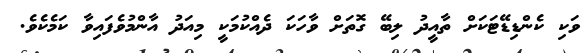
ވަކި ކެންޑިޑޭޓަކަށް ތާއީދު ލިބޭ ގޮތަށް ވާހަކަ ދެއްކުމަކީ މިއަދު އާންމުވެފައިވާ ކަމެކެވެ.